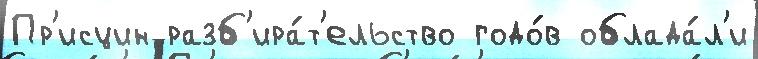
Пр'исцин разб'ира́т'ельство годо́в облада́л'и